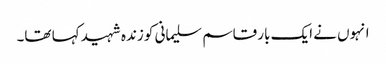
انہوں نے ایک بار قاسم سلیمانی کو زندہ شہید کہا تھا۔